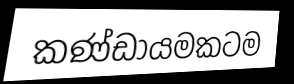
කණ්ඩායමකටම